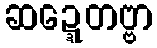
ဆဍ္ဍေတဗ္ဗာ